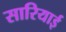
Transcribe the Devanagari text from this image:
सारियाई